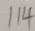
1 1 4